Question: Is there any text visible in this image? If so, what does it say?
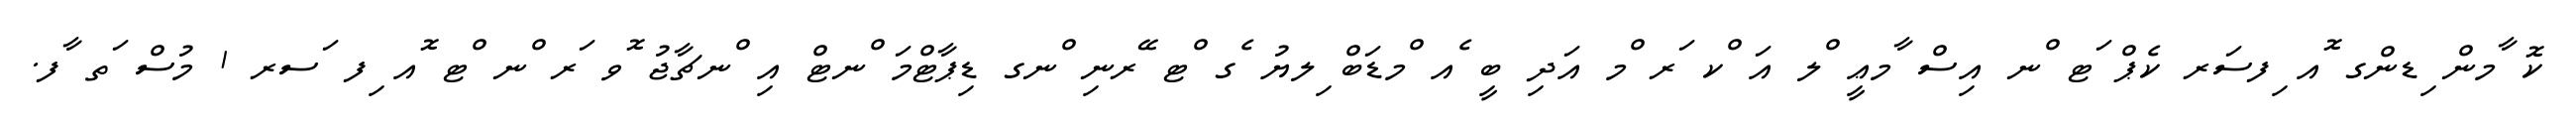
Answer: ކޮ ާމން ިޑންގ ޮއ ިފސަރ ކެޕް ަޓ ްނ އިސް ާމޢީ ްލ އަ ްކ ަރ ްމ އަދި ބީ ެއ ްމޑަބް ިލޔު ެގ ްޓ ޭރނި ްނގ ޑިޕާޓްމަ ްނޓް އި ްނޗާޖު ޮވ ަރ ްނ ްޓ ޮއ ިފ ަސރ 1 މުސް ަތ ާފ.